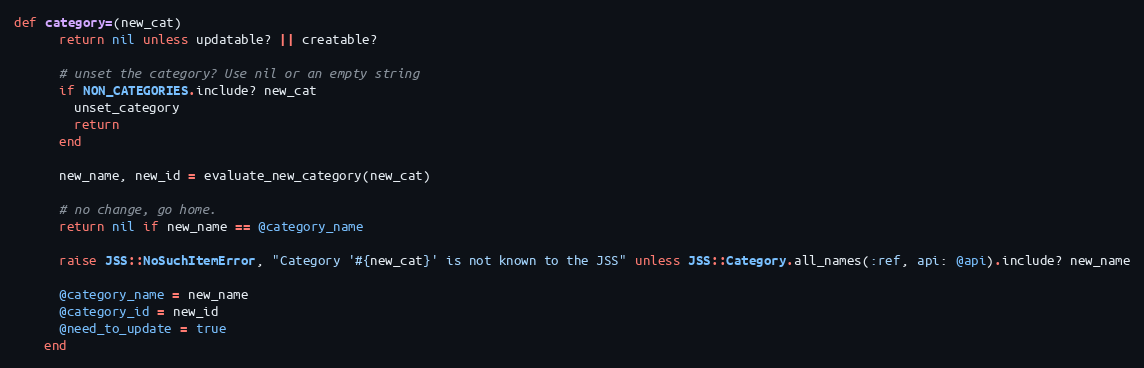
Language: Ruby
def category=(new_cat)
      return nil unless updatable? || creatable?

      # unset the category? Use nil or an empty string
      if NON_CATEGORIES.include? new_cat
        unset_category
        return
      end

      new_name, new_id = evaluate_new_category(new_cat)

      # no change, go home.
      return nil if new_name == @category_name

      raise JSS::NoSuchItemError, "Category '#{new_cat}' is not known to the JSS" unless JSS::Category.all_names(:ref, api: @api).include? new_name

      @category_name = new_name
      @category_id = new_id
      @need_to_update = true
    end